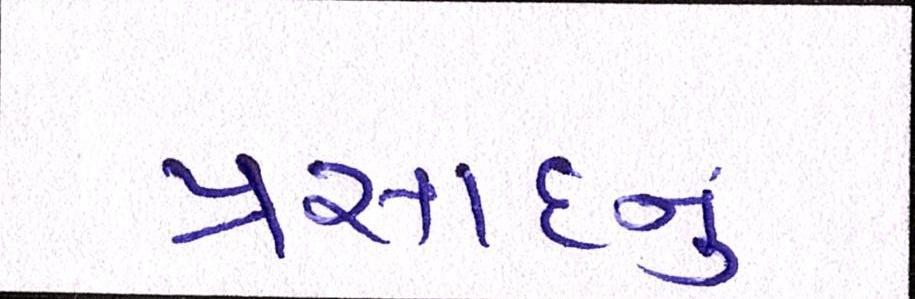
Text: પ્રસાદનું